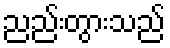
ညည်းတွားသည်